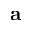
\mathbf { a }